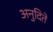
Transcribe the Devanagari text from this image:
अनुदिते